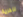
للحرية